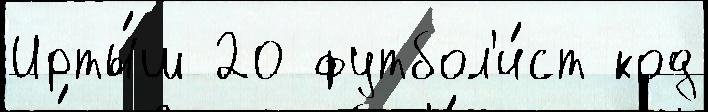
Ирты́ш 20 футбол'и́ст код